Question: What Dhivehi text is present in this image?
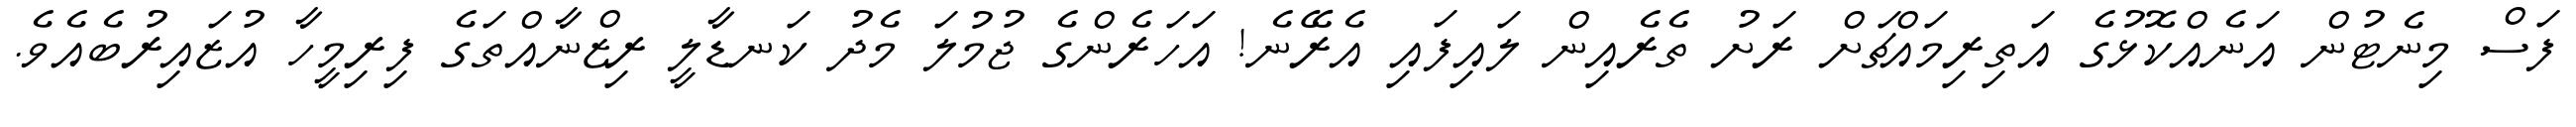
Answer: ފަސް މިނެޓުން އަނެއްކޮޅުގެ އަތިރިމައްޗަށް ރަށު ތެރެއިން ލައިފައި އެރޭނެ! އަހަރެންގެ ޖުމުލަ މެދު ކަނޑާލީ ރިޒްނާއްތަގެ ފިރިމީހާ އުޒައިރުބެއެވެ.